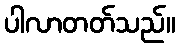
ပါလာတတ်သည်။